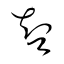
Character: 智